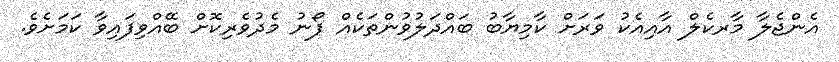
އެންޖެލާ މާރކެލް އާއިއެކު ވަރަށް ކާމިޔާބު ބައްދަލުވުންތަކެއް ފޯނު މެދުވެރިކޮށް ބޭއްވިފައިވާ ކަމަށެވެ.